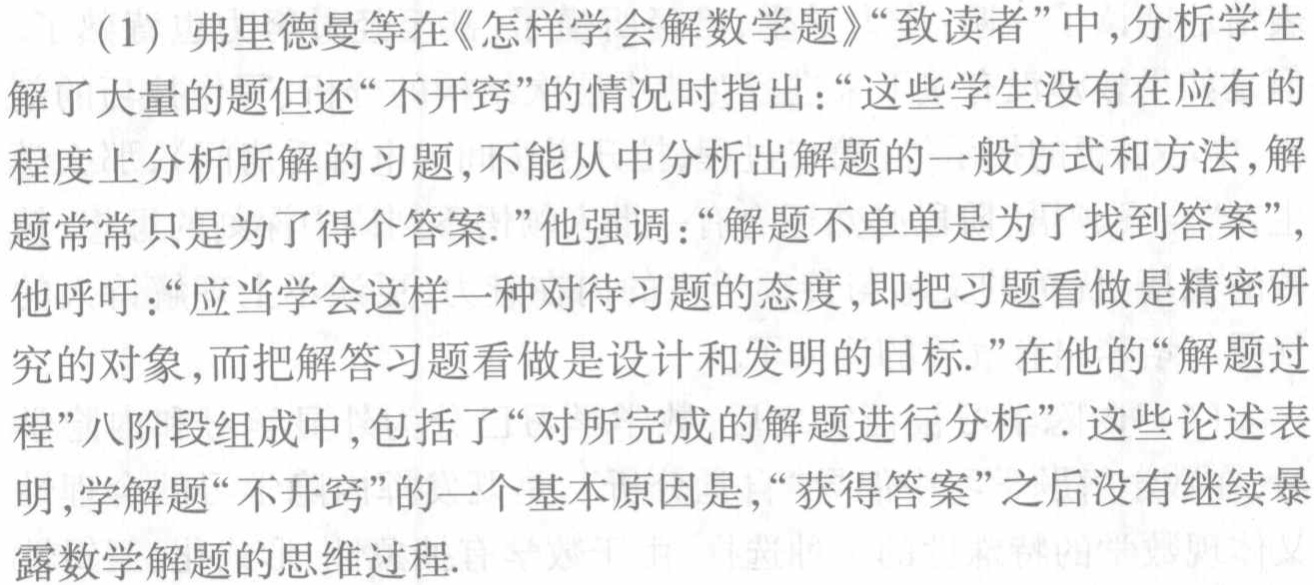
（1）弗里德曼等在《怎样学会解数学题》“致读者”中，分析学生解了大量的题但还“不开窍”的情况时指出：“这些学生没有在应有的程度上分析所解的习题，不能从中分析出解题的一般方式和方法，解题常常只是为了得个答案.”他强调：“解题不单单是为了找到答案”，他呼吁：“应当学会这样一种对待习题的态度，即把习题看做是精密研究的对象，而把解答习题看做是设计和发明的目标.”在他的“解题过程”八阶段组成中，包括了“对所完成的解题进行分析”. 这些论述表明，学解题“不开窍”的一个基本原因是，“获得答案”之后没有继续暴露数学解题的思维过程.